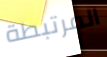
المرتبطة